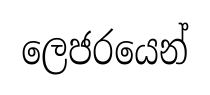
ලෙජරයෙන්